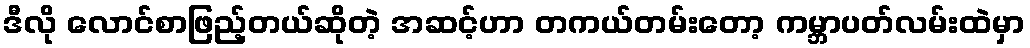
ဒီလို လောင်စာဖြည့်တယ်ဆိုတဲ့ အဆင့်ဟာ တကယ်တမ်းတော့ ကမ္ဘာပတ်လမ်းထဲမှာ